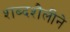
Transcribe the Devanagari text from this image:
शब्दशैलीने